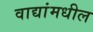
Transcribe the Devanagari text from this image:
वाद्यांमधील